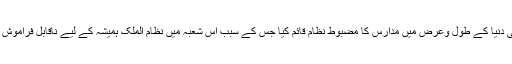
اسلامی دنیا کے طول وعرض میں مدارس کا مضبوط نظام قائم کیا جس کے سبب اس شعبہ میں نظام الملک ہمیشہ کے لیے ناقابل فراموش ہوگیا۔